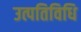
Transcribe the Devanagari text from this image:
उत्पतिविधि